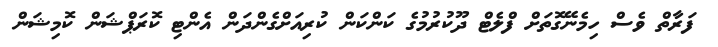
ފަރާތް ވެސް ހިމެނޭގޮތަށް ފްލެޓް ދޫކުރުމުގެ ކަންކަން ކުރިއަށްގެންދަން އެންޓި ކޮރަޕްޝަން ކޮމިޝަން